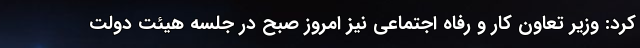
کرد: وزیر تعاون کار و رفاه اجتماعی نیز امروز صبح در جلسه هیئت دولت